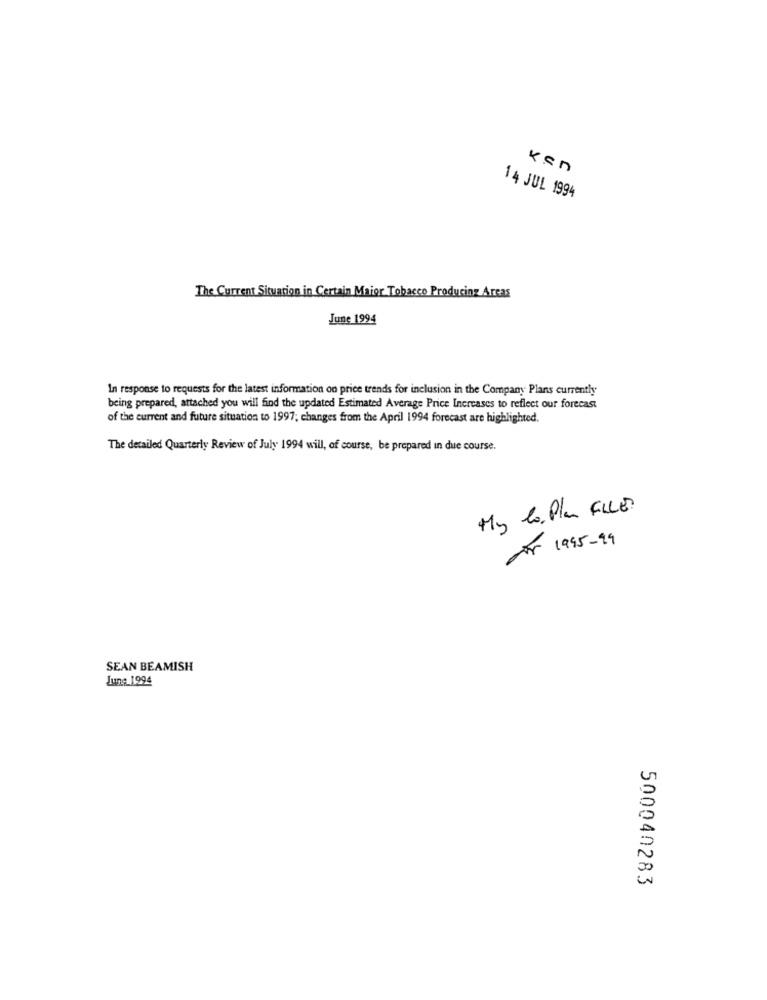
ken
14 JUL 1994
The Current Situation in Certain Maior Tobacco Producing Areas
June 1994
In response to requests for the latest information on price trends for inclusion in the Company Plans currently
being prepared, attached you will find the updated Estimated Average Price Increases to reflect our forecast
of the current and future situation to 1997; changes from the April 1994 forecast are highlighted.
The detailed Quarterly Review of July 1994 will, of course, be prepared in due course.
My lo, Plu FILLES
JAY 1995-99
SEAN BEAMISH
June 1994
500040283